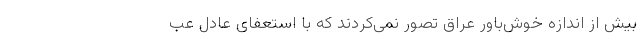
بیش از ‌اندازه خوش‌باور عراق تصور نمی‌کردند که با استعفای عادل عب